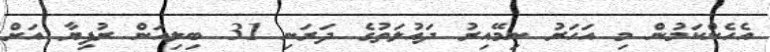
އެހެންކަމުން މި އަހަރު ނިމޭއިރު ދައުލަތުގެ ދަރަނި 31 ބިލިއަން ރުފިޔާ އަށް